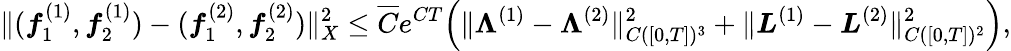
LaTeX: \| (\boldsymbol{f}_{1}^{(1)},\boldsymbol{f}_{2}^{(1)})-(\boldsymbol{f}_{1}^{(2)},\boldsymbol{f}_{2}^{(2)})\| _{X}^{2}\le\overline{{C}}e^{CT}\Big(\| \boldsymbol{\Lambda}^{(1)}-\boldsymbol{\Lambda}^{(2)}\| _{C([0,T])^{3}}^{2}+\| \boldsymbol{L}^{(1)}-\boldsymbol{L}^{(2)}\| _{C([0,T])^{2}}^{2}\Big),